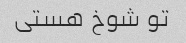
تو شوخ هستی